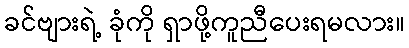
ခင်ဗျားရဲ့ ခုံကို ရှာဖို့ကူညီပေးရမလား။